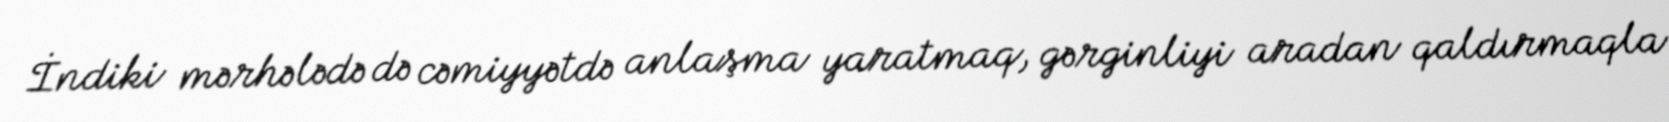
İndiki mərhələdə də cəmiyyətdə anlaşma yaratmaq, gərginliyi aradan qaldırmaqla